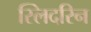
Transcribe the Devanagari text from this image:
स्लिदरिन